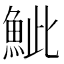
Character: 𩶆